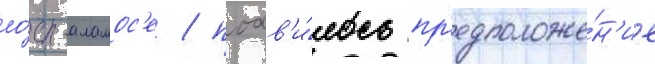
ло́с-аламос'е / поав'и́лось пр'едположе́н'ие